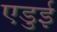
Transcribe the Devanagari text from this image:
एडुई